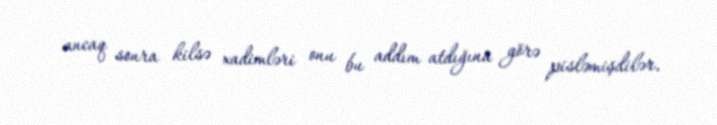
ancaq sonra kilsə xadimləri onu bu addım atdığına görə pisləmişdilər.